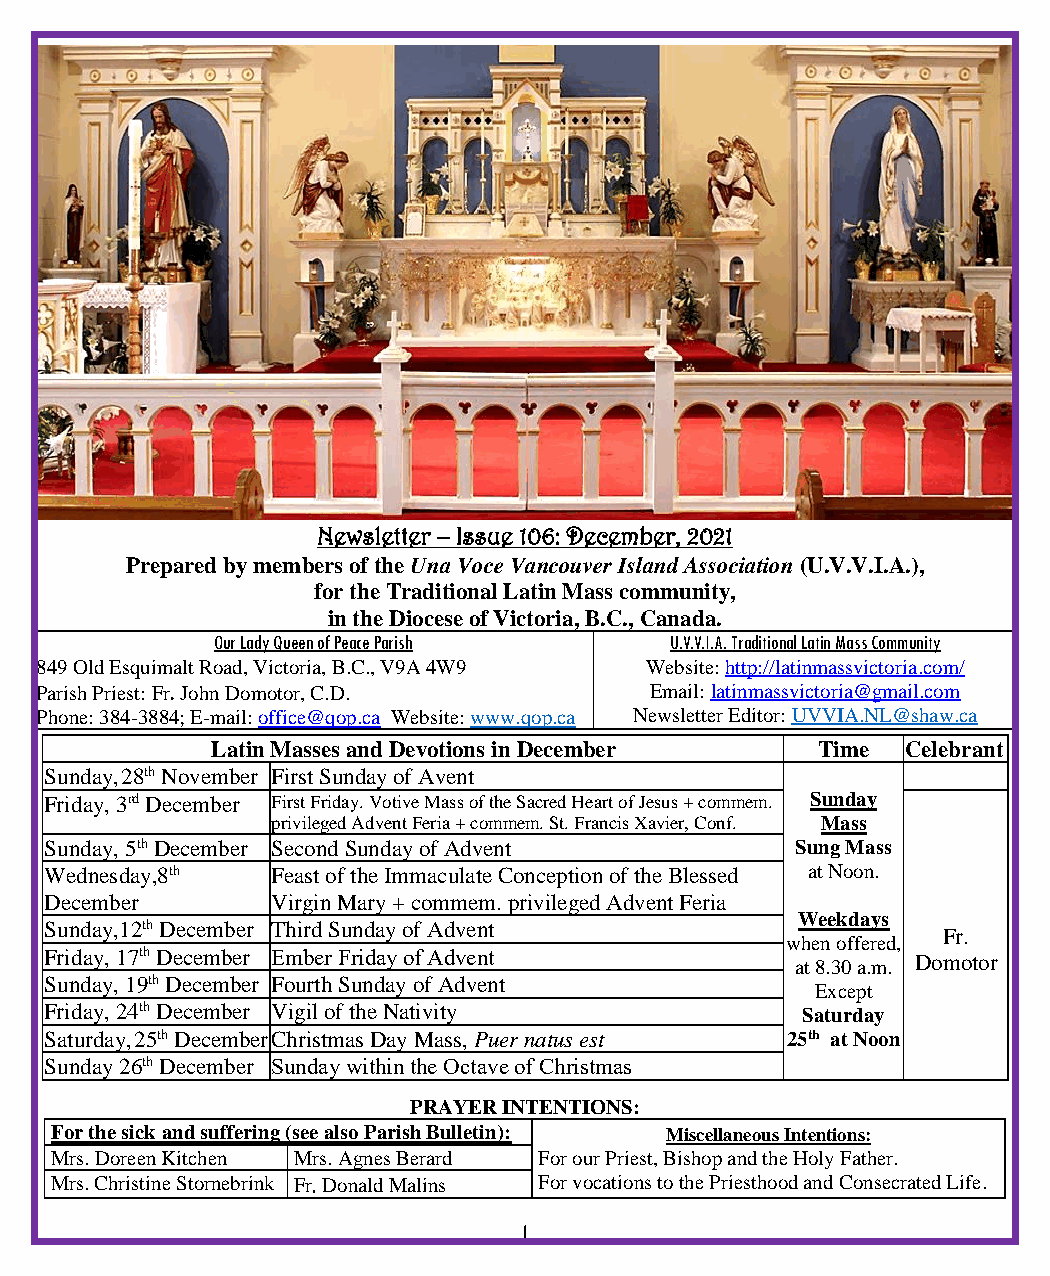
Newsletter – Issue 106: December, 2021
 Prepared by members of the Una Voce Vancouver Island Association (U.V.V.I.A.),
 for the Traditional Latin Mass community,
 in the Diocese of Victoria, B.C., Canada.
 Our Lady Queen of Peace Parish U.V.V.I.A. Traditional Latin Mass Community
 849 Old Esquimalt Road, Victoria, B.C., V9A 4W9 Website: http://latinmassvictoria.com/
 Parish Priest: Fr. John Domotor, C.D.    Email: latinmassvictoria@gmail.com
 Phone: 384-3884; E-mail: office@qop.ca Website: www.qop.ca Newsletter Editor: UVVIA.NL@shaw.ca
 Latin Masses and Devotions in December  Time  Celebrant
 Sunday,28th November First Sunday of Avent
 Friday, 3rd December First Friday. Votive Mass of the Sacred Heart of Jesus + commem. Sunday
 privileged Advent Feria + commem. St. Francis Xavier, Conf. Mass
 Sunday, 5th December Second Sunday of Advent      Sung Mass
 Wednesday,8th  Feast of the Immaculate Conception of the Blessed at Noon.
 December       Virgin Mary + commem. privileged Advent Feria
 Weekdays
 Sunday,12th December Third Sunday of Advent
 Fr.
 when offered,
 Friday, 17th December Ember Friday of Advent              Domotor
 at 8.30 a.m.
 Sunday, 19th December Fourth Sunday of Advent
 Except
 Friday, 24th December Vigil of the Nativity       Saturday
 Saturday,25th December Christmas Day Mass, Puer natus est 25th at Noon
 Sunday 26th December Sunday within the Octave of Christmas
 PRAYER INTENTIONS:
 For the sick and suffering (see also Parish Bulletin): Miscellaneous Intentions:
 Mrs. Doreen Kitchen Mrs. Agnes Berard For our Priest, Bishop and the Holy Father.
 Mrs. Christine Stornebrink Fr. Donald Malins For vocations to the Priesthood and Consecrated Life.
 1